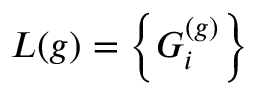
L ( g ) = \left\{ G _ { i } ^ { ( g ) } \right\}